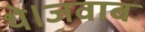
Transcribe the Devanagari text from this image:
थे।जवाब